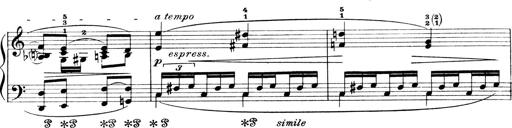
Title: 4 Sonatines
Composer: Max Reger